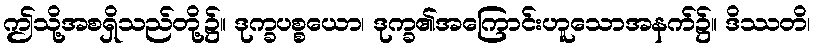
ဤသို့အစရှိသည်တို့၌။ ဒုက္ခပစ္စယော၊ ဒုက္ခ၏အကြောင်းဟူသောအနက်၌။ ဒိဿတိ၊